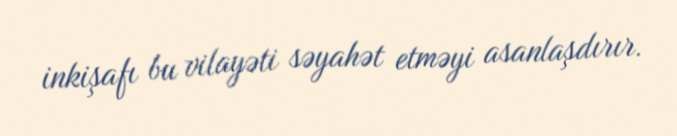
inkişafı bu vilayəti səyahət etməyi asanlaşdırır.